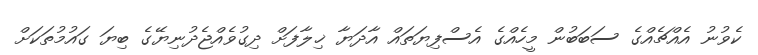
ކެވުނު އެއްޗެއްގެ ސަބަބުން މީހެއްގެ އެސްފިޔަތައް އާދަޔާ ޚިލާފަށް ދިގުވެއްޖެދުނިޔޭގެ ބިޔަ ގައުމުތަކަށް